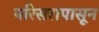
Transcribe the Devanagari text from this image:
परिसरापासून